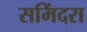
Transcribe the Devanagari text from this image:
समिंदरा